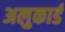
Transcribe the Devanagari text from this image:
अलुकार्ड